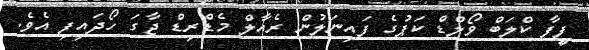
ފީފާ ކްލަބް ވޯލްޑް ކަޕުގެ ފައިނަލުން ރެއާލް މެޑްރިޑް ޖާގަ ހޯދައިފި އެވެ.